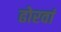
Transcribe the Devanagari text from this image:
ढोरवां